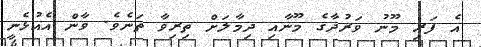
އެ ފަރި މޫނު ވަރުދާގެ މޫނާއި ދިމާލަށް ތިރިވާ ތަނެވެ. ވާން އެއުޅެނީ